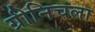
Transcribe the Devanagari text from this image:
ग्रीनिचला